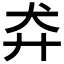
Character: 𬌪